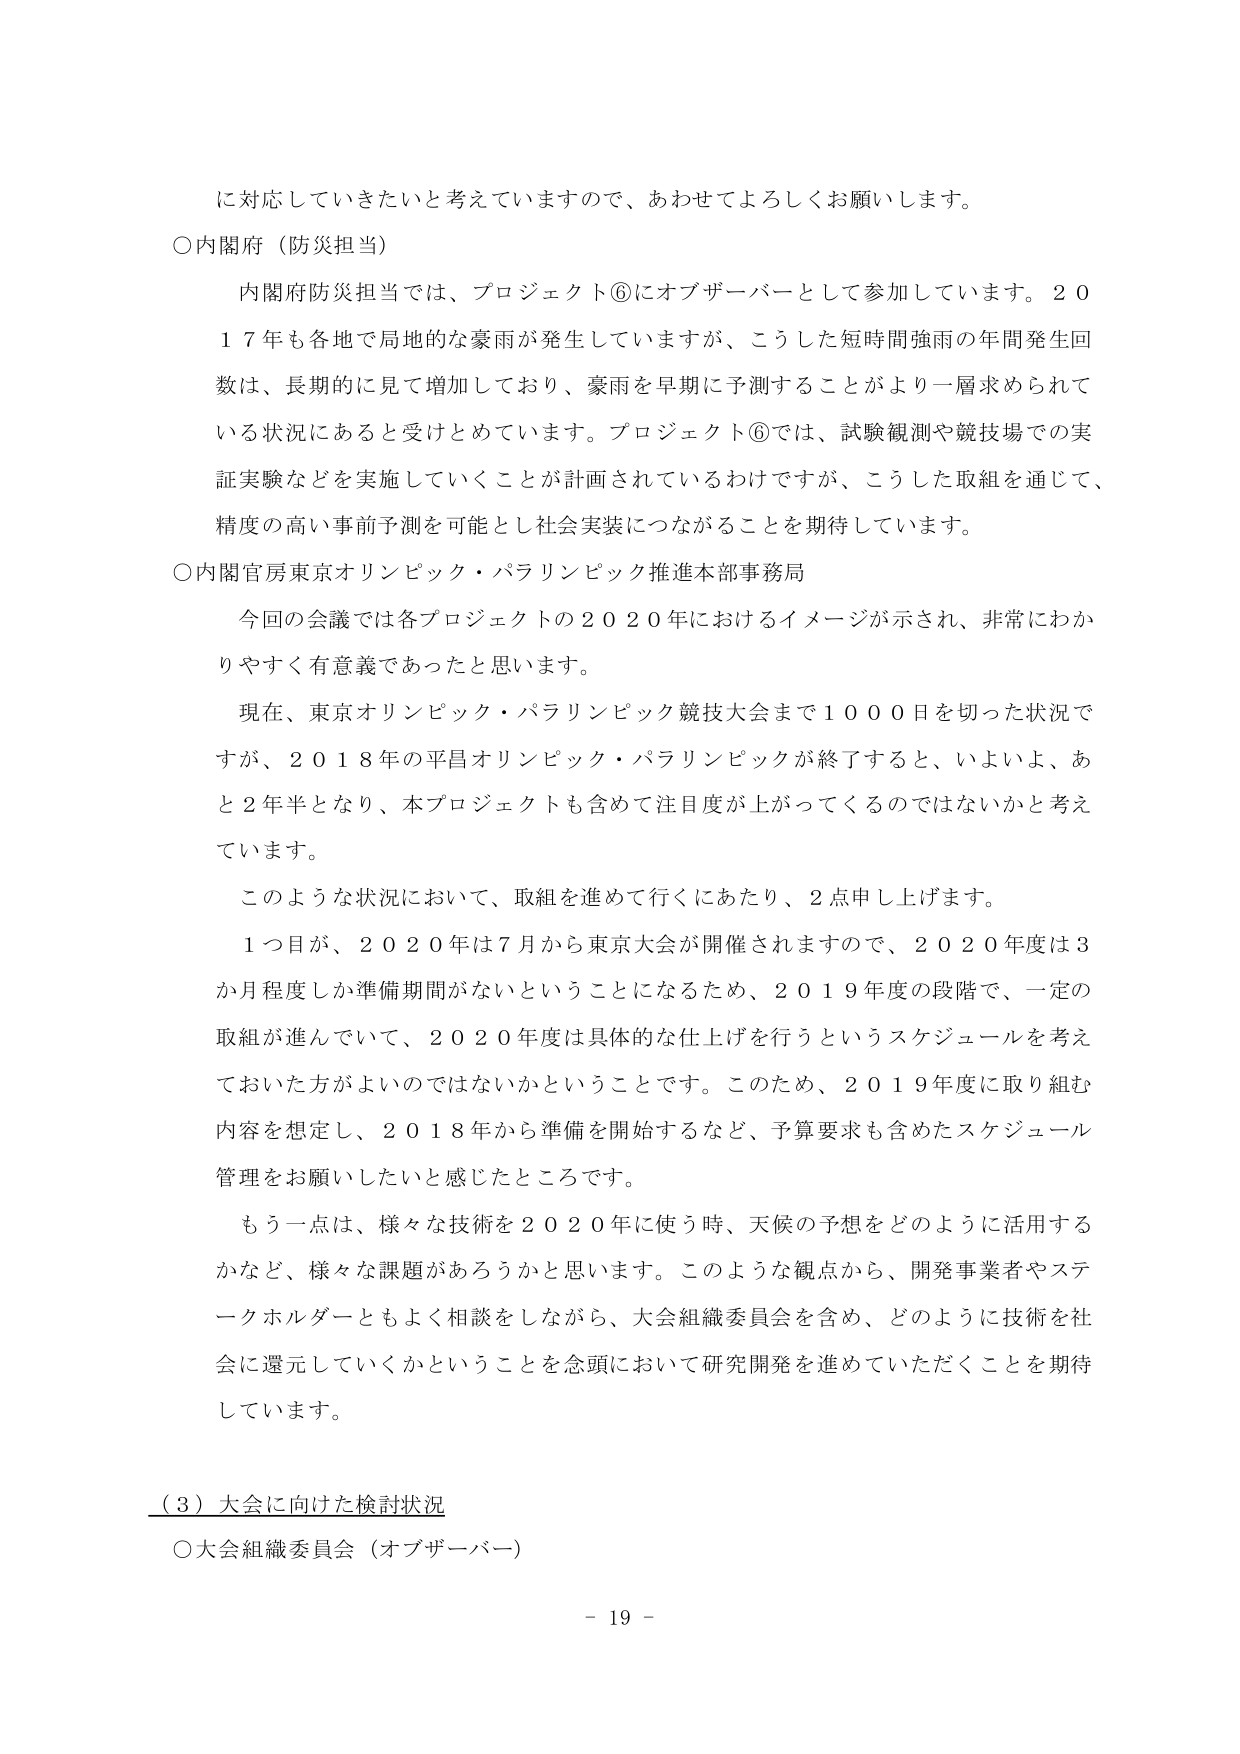
に対応していきたいと考えていますので、あわせてよろしくお願いします。

○内閣府（防災担当）

　内閣府防災担当では、プロジェクト⑥にオブザーバーとして参加しています。２０１７年も各地で局地的な豪雨が発生していますが、こうした短時間強雨の年間発生回数は、長期的に見て増加しており、豪雨を早期に予測することがより一層求められている状況にあると受けとめています。プロジェクト⑥では、試験観測や競技場での実証実験などを実施していくことが計画されているわけですが、こうした取組を通じて、精度の高い事前予測を可能とし社会実装につながることを期待しています。

○内閣官房東京オリンピック・パラリンピック推進本部事務局

　今回の会議では各プロジェクトの２０２０年におけるイメージが示され、非常にわかりやすく有意義であったと思います。

　現在、東京オリンピック・パラリンピック競技大会まで１０００日を切った状況ですが、２０１８年の平昌オリンピック・パラリンピックが終了すると、いよいよ、あと２年半となり、本プロジェクトも含めて注目度が上がってくるのではないかと考えています。

　このような状況において、取組を進めて行くにあたり、２点申し上げます。

　１つ目が、２０２０年は７月から東京大会が開催されますので、２０２０年度は３か月程度しか準備期間がないということになるため、２０１９年度の段階で、一定の取組が進んでいて、２０２０年度は具体的な仕上げを行うというスケジュールを考えておいた方がよいのではないかということです。このため、２０１９年度に取り組む内容を想定し、２０１８年から準備を開始するなど、予算要求も含めたスケジュール管理をお願いしたいと感じたところです。

　もう一点は、様々な技術を２０２０年に使う時、天候の予想をどのように活用するかなど、様々な課題があろうかと思います。このような観点から、開発事業者やステークホルダーともよく相談をしながら、大会組織委員会を含め、どのように技術を社会に還元していくかということを念頭において研究開発を進めていただくことを期待しています。

（３）大会に向けた検討状況

○大会組織委員会（オブザーバー）

－ 19 －